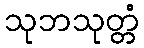
သုဘသုတ္တံ